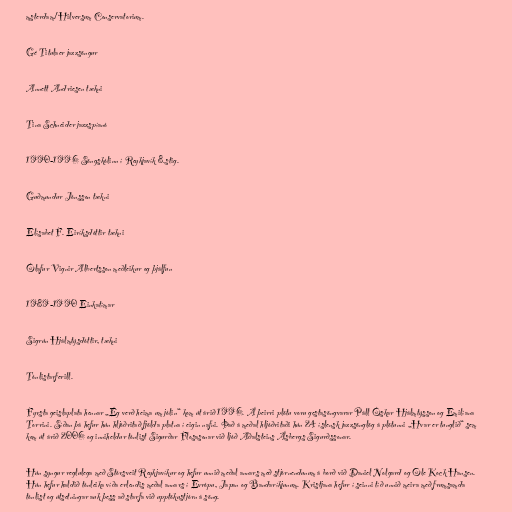
msterdam/Hilversum Conservatorium.

Gé Titulaer jazzsöngur

Annett Andriesen tækni

Tina Schneider jazzspíanó

1990-1996 Söngskólinn í Reykjavík 8.stig.

Guðmundur Jónsson tækni

Elísabet F. Eiríksdóttir tækni

Ólafur Vignir Albertsson meðleikur og þjálfun

1989-1990 Einkatímar

Sigrún Hjálmtýsdóttir, tækni

Tónlistarferill.

Fyrsta geislaplata hennar „Ég verð heima um jólin“ kom út árið 1996. Á þeirri plötu voru gestasöngvarar Páll Óskar Hjálmtýsson og Emilíana
Torrini. Síðan þá hefur hún hljóðritað fjölda platna í eigin nafni. Það á meðal hljóðritaði hún 24 íslensk jazzsönglög á plötunni „Hvar er tunglið“ sem
kom út árið 2006 og inniheldur tónlist Sigurðar Flosasonar við ljóð Aðalsteins Ásbergs Sigurðssonar.

Hún syngur reglulega með Stórsveit Reykjavíkur og hefur unnið meðal annars með stjórnendunum á borð við Daniel Nolgard og Ole Kock Hansen.
Hún hefur haldið tónleika víða erlendis meðal annars í Evrópu, Japan og Bandaríkjunum. Kristjana hefur í seinni tíð unnið meira með frumsamda
tónlist og útsetningar auk þess að starfa við upptökustjórn á söng.